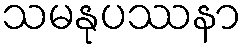
သမနုပဿနာ